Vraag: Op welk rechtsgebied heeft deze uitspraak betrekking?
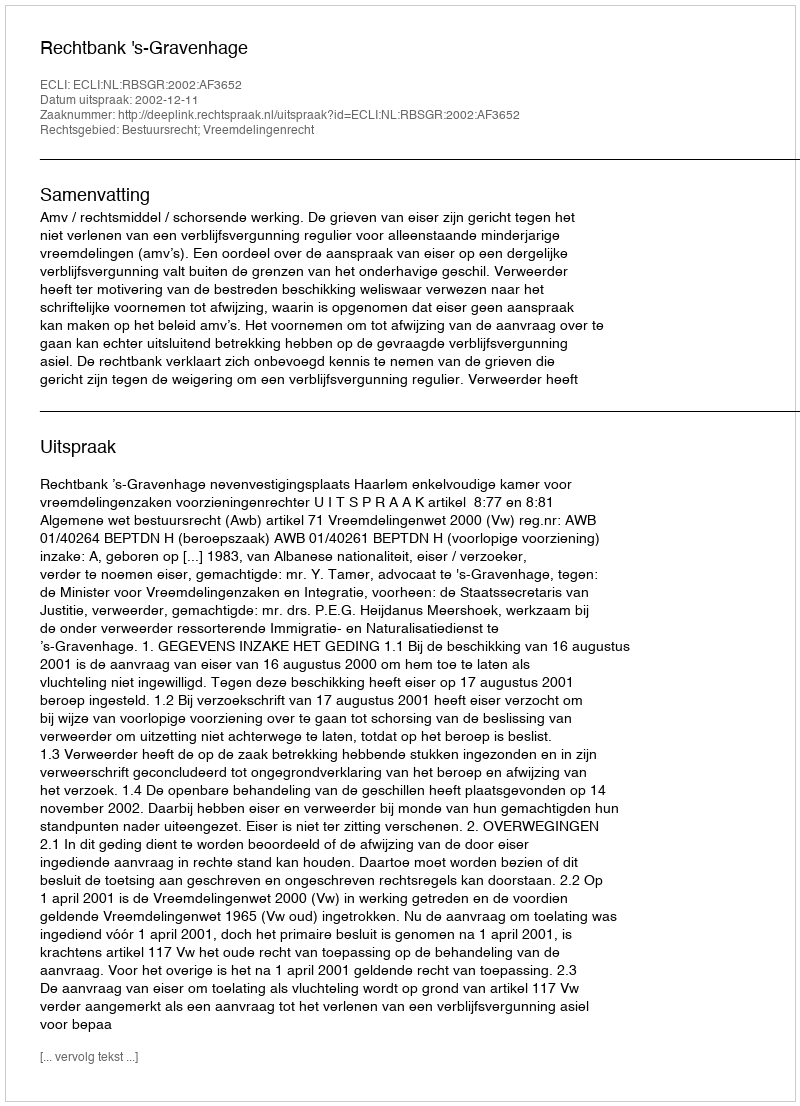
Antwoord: Bestuursrecht; Vreemdelingenrecht